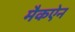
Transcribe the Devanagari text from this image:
मैकऐन